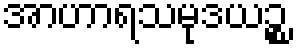
အာဟာရသမုဒယဉ္စ